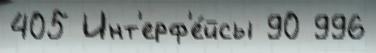
405 Инт'ерф'е́йсы 90 996